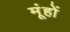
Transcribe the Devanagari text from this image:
मूंहों